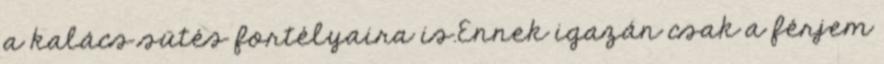
a kalács sütés fortélyaira is.Ennek igazán csak a férjem